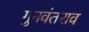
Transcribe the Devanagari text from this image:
गुनवंतराव